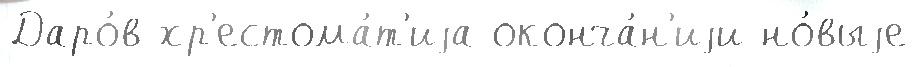
Даро́в хр'естома́т'иjа оконча́н'иjи но́выjе